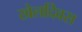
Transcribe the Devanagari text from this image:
खेलदिवस